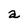
Character: a